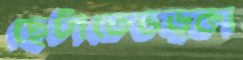
ছেটাতেভড়্‌কা